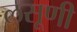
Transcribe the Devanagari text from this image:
लसूणी